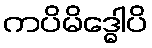
ကပိမိဒ္ဓေါပိ